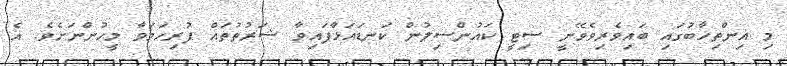
މި އިންތިހާބުގައި ބައިވެރިވެވޭނީ ސިޓީ ކައުންސިލުން ކަނޑައަޅާފައިވާ ޝަރުތުތައް ފުރިހަމަވާ މީހުންނަށެވެ. އެ